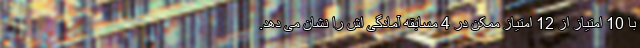
با 10 امتیاز از 12 امتیاز ممکن در 4 مسابقه آمادگی اش را نشان می دهد.